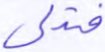
فتدلى